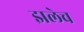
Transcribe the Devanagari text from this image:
झलेच